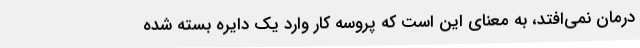
درمان نمی‌افتد، به معنای این است که پروسه کار وارد یک دایره بسته شده